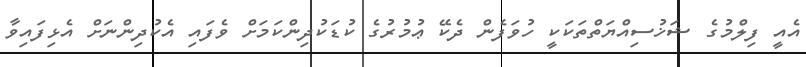
އެއީ ފިލްމުގެ ޝަޚުސިއްޔަތްތަކަކީ ހުވަފެން ދެކޭ ޢުމުރުގެ ކުޑަކުދިންކަމަށް ވެފައި އެކުދިންނަށް އެޅިފައިވާ